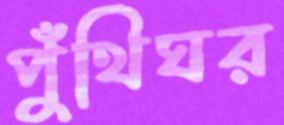
পুঁথিঘর